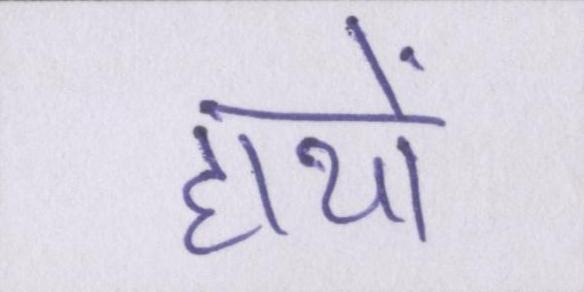
हाथों